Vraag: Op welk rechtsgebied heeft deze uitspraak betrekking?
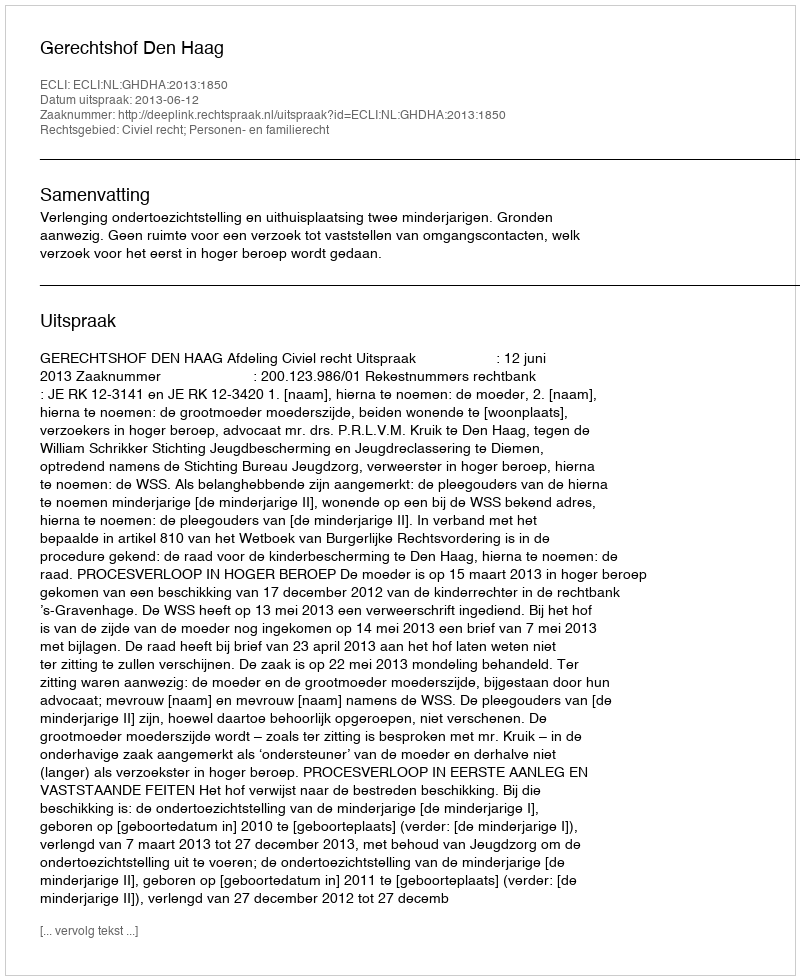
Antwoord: Civiel recht; Personen- en familierecht